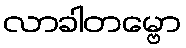
လာခါတမ္ဗော